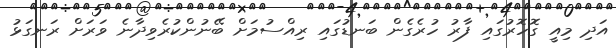
އަދި މިއީ ގޮހޮރުގައި ފާރު ހުރެެގެން ބަނޑުގައި ރިއްސުމަށް ބޭނުންކުރެވިދާނެ ވަރަށް ރަނގަޅު